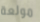
مولعة